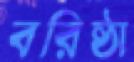
বরিষ্ঠা